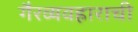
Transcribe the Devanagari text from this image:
गैरव्यवहाराची